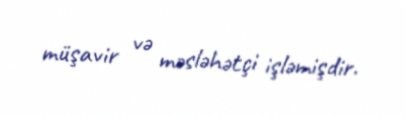
müşavir və məsləhətçi işləmişdir.